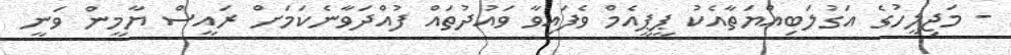
- މަޖިލީހުގެ އަގުލަބިއްޔަތާއެކު ޕީޕީއެމް ވެފައިވާ ވައުދުތައް ފުއްދަވާނެކަމަށް ރައީސް ޔާމީން ވަނީ